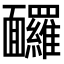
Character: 𩉙